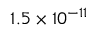
1 . 5 \times 1 0 ^ { - 1 1 }